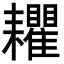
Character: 𦔬